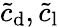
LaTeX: \tilde{c}_{\mathrm{d}},\tilde{c}_{\mathrm{l}}